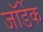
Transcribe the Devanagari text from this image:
जॉर्डेक